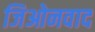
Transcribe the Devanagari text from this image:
जिओनवाद